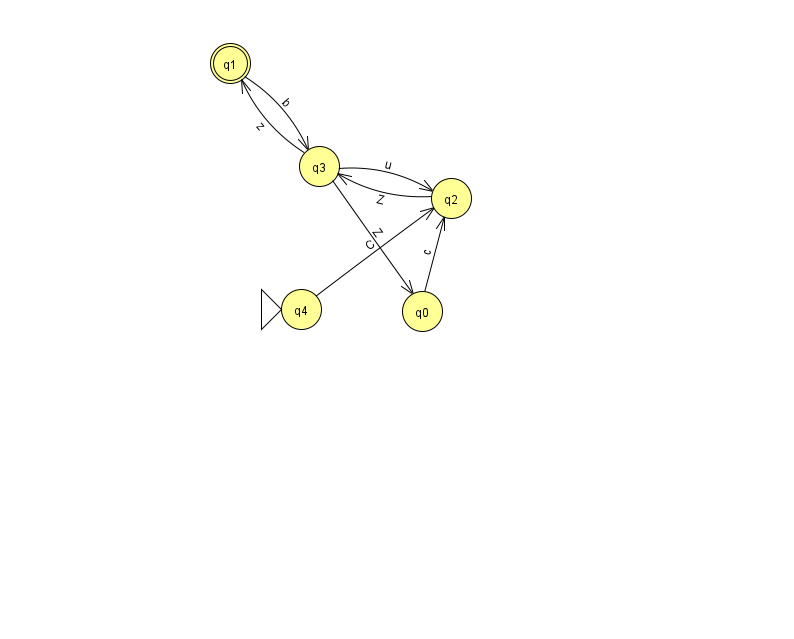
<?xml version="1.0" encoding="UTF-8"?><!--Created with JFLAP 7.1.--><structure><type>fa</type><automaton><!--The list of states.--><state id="0" name="q0"><x>422.0</x><y>298.0</y></state><state id="1" name="q1"><x>230.0</x><y>50.0</y><final/></state><state id="2" name="q2"><x>451.0</x><y>185.0</y></state><state id="3" name="q3"><x>319.0</x><y>153.0</y></state><state id="4" name="q4"><x>301.0</x><y>296.0</y><initial/></state><!--The list of transitions.--><transition><from>3</from><to>0</to><read>Z</read></transition><transition><from>2</from><to>3</to><read>Z</read></transition><transition><from>0</from><to>2</to><read>c</read></transition><transition><from>1</from><to>3</to><read>b</read></transition><transition><from>4</from><to>2</to><read>C</read></transition><transition><from>3</from><to>2</to><read>u</read></transition><transition><from>3</from><to>1</to><read>z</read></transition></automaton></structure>